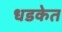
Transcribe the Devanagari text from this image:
धडकेत